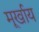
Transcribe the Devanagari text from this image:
मूर्खाय